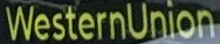
WesternUnion